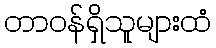
တာဝန်ရှိသူများထံ